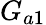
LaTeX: G_{a1}